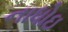
નાધોઇ